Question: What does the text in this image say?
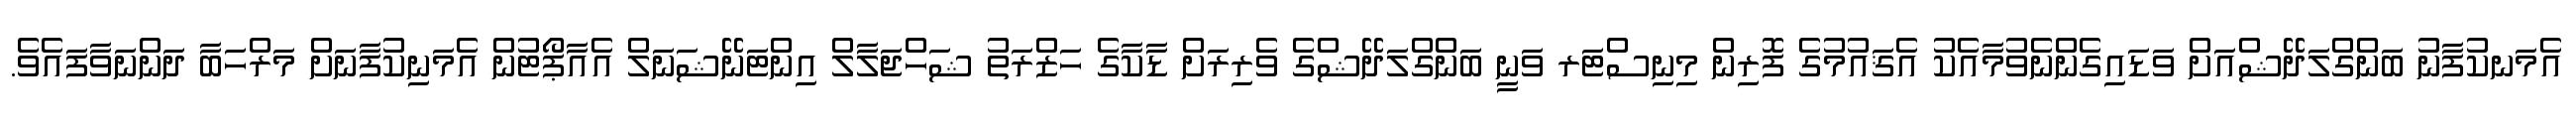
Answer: އެމަނކުފާނު ބަންގްލަދޭޝްއަށް ވަޑައިގެންނެވުމާއެކު އެޤައުމުގެ ފޮރިން މިނިސްޓަރ ވަނީ ބަންގްލަދޭޝްގެ ވެރިރަށް ޑާކާގެ ހަޒްރަތު ޝަހްޖަލާލް އިންޓަނޭޝަނަލް އެއާޕޯޓުން އެމަނިކުފާނަށް މަރްހަބާ ދަންނަވާފައެވެ.